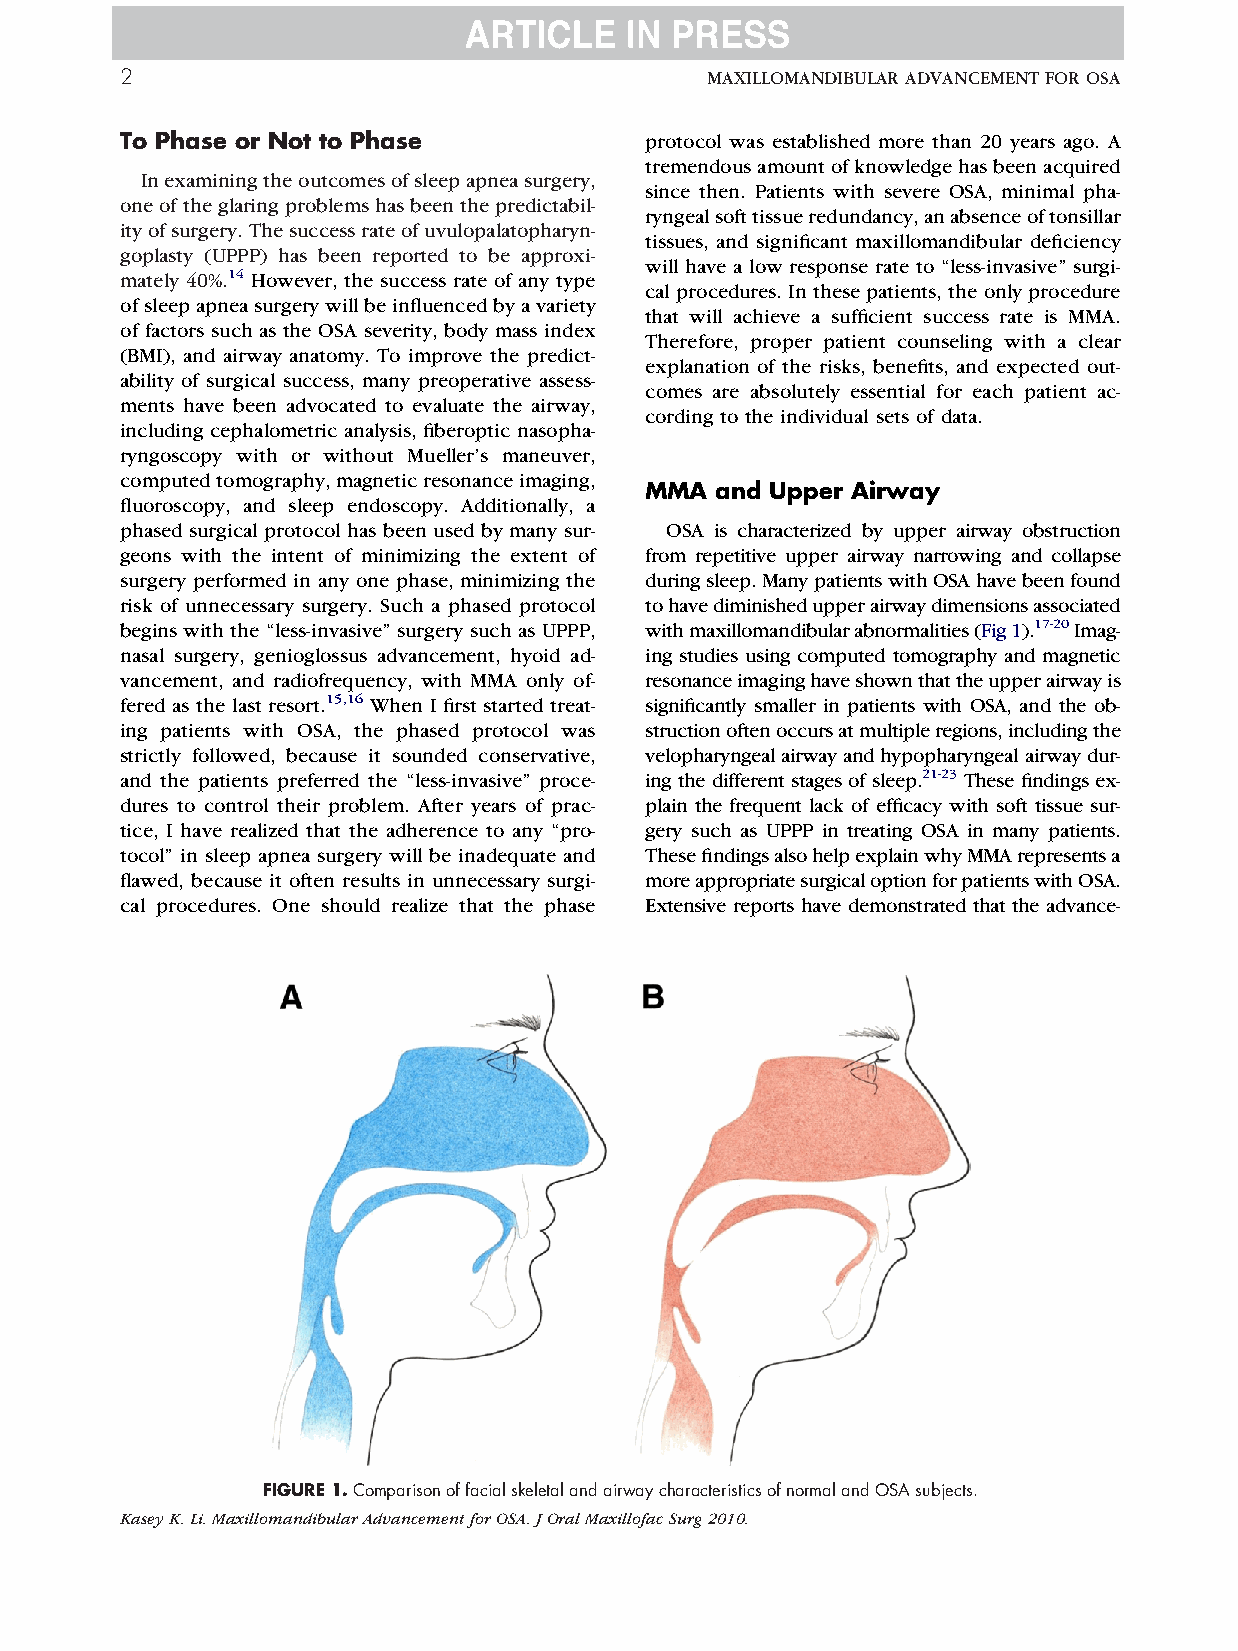
2                                      MAXILLOMANDIBULARADVANCEMENTFOROSA
 To Phase or Not to Phase          protocol was established more than 20 years ago. A
 tremendousamountofknowledgehasbeenacquired
 Inexaminingtheoutcomesofsleepapneasurgery,
 since then. Patients with severe OSA, minimal pha-
 oneoftheglaringproblemshasbeenthepredictabil-
 ryngealsofttissueredundancy,anabsenceoftonsillar
 ityofsurgery.Thesuccessrateofuvulopalatopharyn-
 tissues, and significant maxillomandibular deficiency
 goplasty (UPPP) has been reported to be approxi-
 will have a low response rate to “less-invasive” surgi-
 mately 40%.14 However, the success rate of any type
 calprocedures.Inthesepatients,theonlyprocedure
 ofsleepapneasurgerywillbeinfluencedbyavariety
 that will achieve a sufficient success rate is MMA.
 of factors such as the OSA severity, body mass index
 Therefore, proper patient counseling with a clear
 (BMI), and airway anatomy. To improve the predict-
 explanation of the risks, benefits, and expected out-
 ability of surgical success, many preoperative assess-
 comes are absolutely essential for each patient ac-
 ments have been advocated to evaluate the airway,
 cording to the individual sets of data.
 including cephalometric analysis, fiberoptic nasopha-
 ryngoscopy with or without Mueller’s maneuver,
 computedtomography,magneticresonanceimaging,
 MMA  and Upper Airway
 fluoroscopy, and sleep endoscopy. Additionally, a
 phased surgical protocol has been used by many sur- OSA is characterized by upper airway obstruction
 geons with the intent of minimizing the extent of from repetitive upper airway narrowing and collapse
 surgery performed in any one phase, minimizing the duringsleep.ManypatientswithOSAhavebeenfound
 risk of unnecessary surgery. Such a phased protocol tohavediminishedupperairwaydimensionsassociated
 begins with the “less-invasive” surgery such as UPPP, withmaxillomandibularabnormalities(Fig1).17-20Imag-
 nasal surgery, genioglossus advancement, hyoid ad- ing studies using computed tomography and magnetic
 vancement, and radiofrequency, with MMA only of- resonanceimaginghaveshownthattheupperairwayis
 fered as the last resort.15,16 When I first started treat- significantly smaller in patients with OSA, and the ob-
 ing patients with OSA, the phased protocol was structionoftenoccursatmultipleregions,includingthe
 strictly followed, because it sounded conservative, velopharyngealairwayandhypopharyngealairwaydur-
 and the patients preferred the “less-invasive” proce- ing the different stages of sleep.21-23 These findings ex-
 dures to control their problem. After years of prac- plain the frequent lack of efficacy with soft tissue sur-
 tice, I have realized that the adherence to any “pro- gery such as UPPP in treating OSA in many patients.
 tocol” in sleep apnea surgery will be inadequate and ThesefindingsalsohelpexplainwhyMMArepresentsa
 flawed, because it often results in unnecessary surgi- moreappropriatesurgicaloptionforpatientswithOSA.
 cal procedures. One should realize that the phase Extensive reports have demonstrated that the advance-
 FIGURE1.ComparisonoffacialskeletalandairwaycharacteristicsofnormalandOSAsubjects.
 KaseyK.Li.MaxillomandibularAdvancementforOSA.JOralMaxillofacSurg2010.